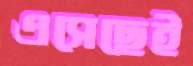
এসেছেই